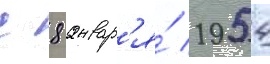
с 8 январ'я́ 1954